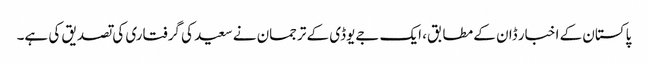
پاکستان کے اخبار ڈان کے مطابق، ایک جےیوڈی کے ترجمان نے سعید کی گرفتاری کی تصدیق کی ہے۔